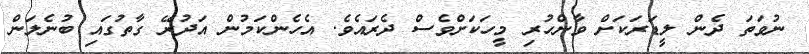
ނުވަތަ ދެން ލީޑަރަކަށް ވާންހުރި މީހަކަށްވެސް ދެރައެވެ. އެހެންކަމުން އަދުރޭ ގާތުގައި ބުނެލަން